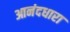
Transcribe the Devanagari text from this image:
आनंदधारा